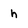
Character: h